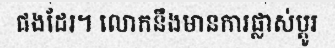
ផងដែរ។ លោកនឹងមានការផ្លាស់ប្តូរ